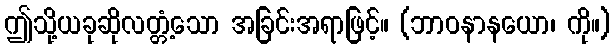
ဤသို့ယခုဆိုလတ္တံ့သော အခြင်းအရာဖြင့်။ (ဘာဝနာနယော၊ ကို။)